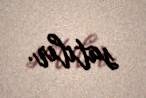
satılır.